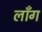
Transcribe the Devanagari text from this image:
लॉँग